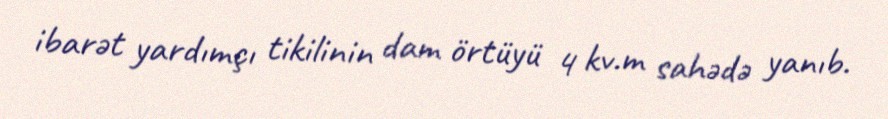
ibarət yardımçı tikilinin dam örtüyü 4 kv.m sahədə yanıb.